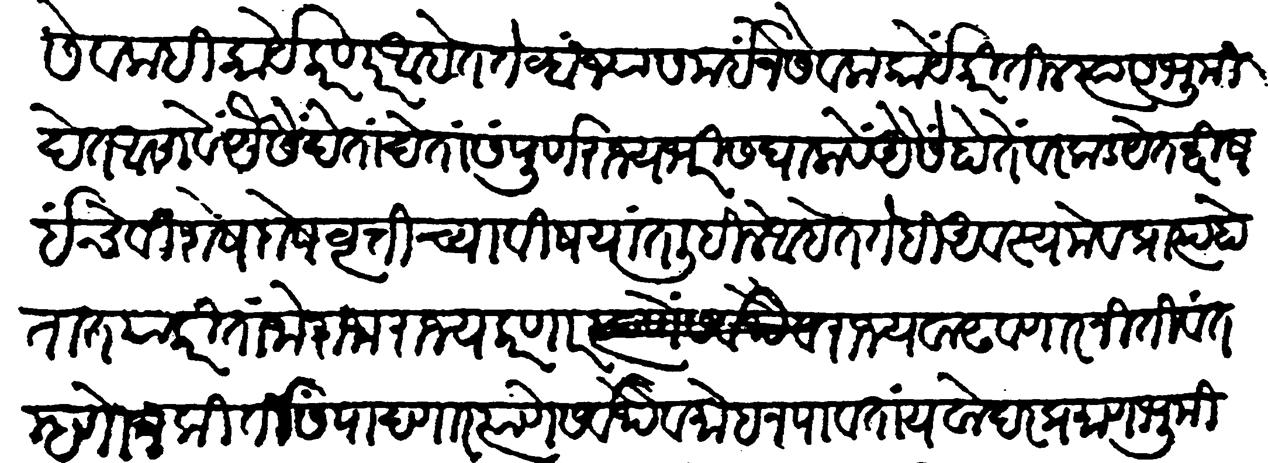
Transliteration (Devanagari): सेवकही कार्ये करणार आहेत तेव्हा ज्या समई जे सेवक कार्ये करितील त्यास भूमि देत असावे यैसे देता देता संपूर्ण राज्य भरीस घालावे वैसे होते वरकड येत दोष इचे विशेष दोष वृत्तीच्या विषयात लिहीले आहेत तेहि अवश्यमेव प्राप्त होतात याकरिता जो राजा राज्य करणार राज्य वाढवणार नितीवंत म्हणोन किर्ती संपादणार त्याणे सर्वथैव मोह न पावता यवोदर प्रमाण भूमि